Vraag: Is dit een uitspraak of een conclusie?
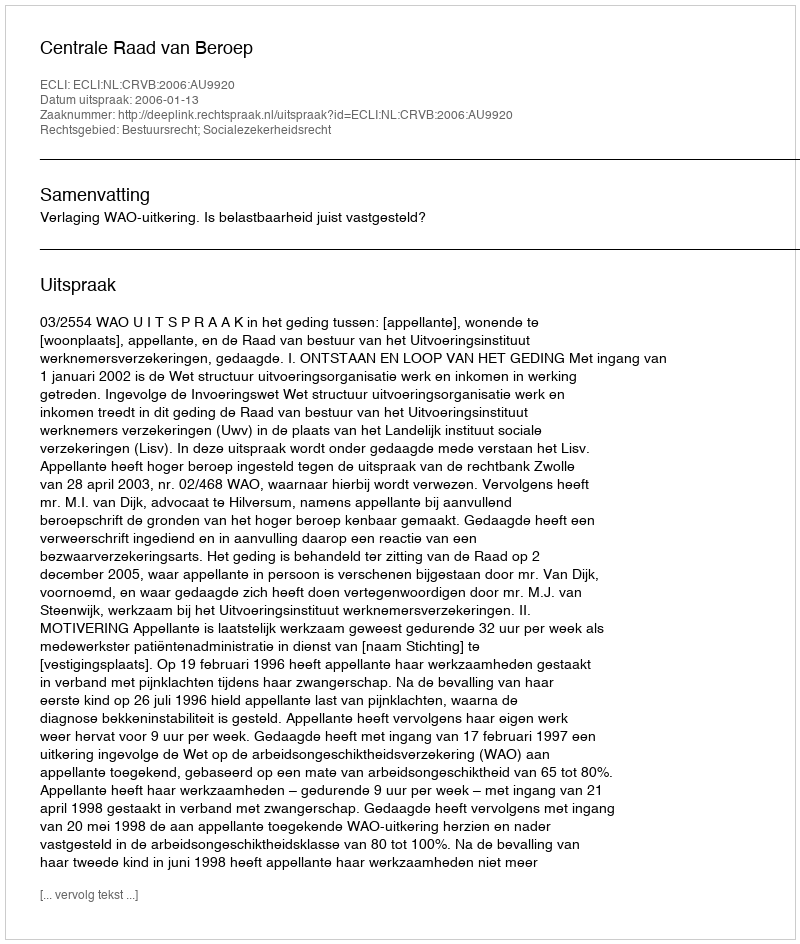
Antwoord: Uitspraak